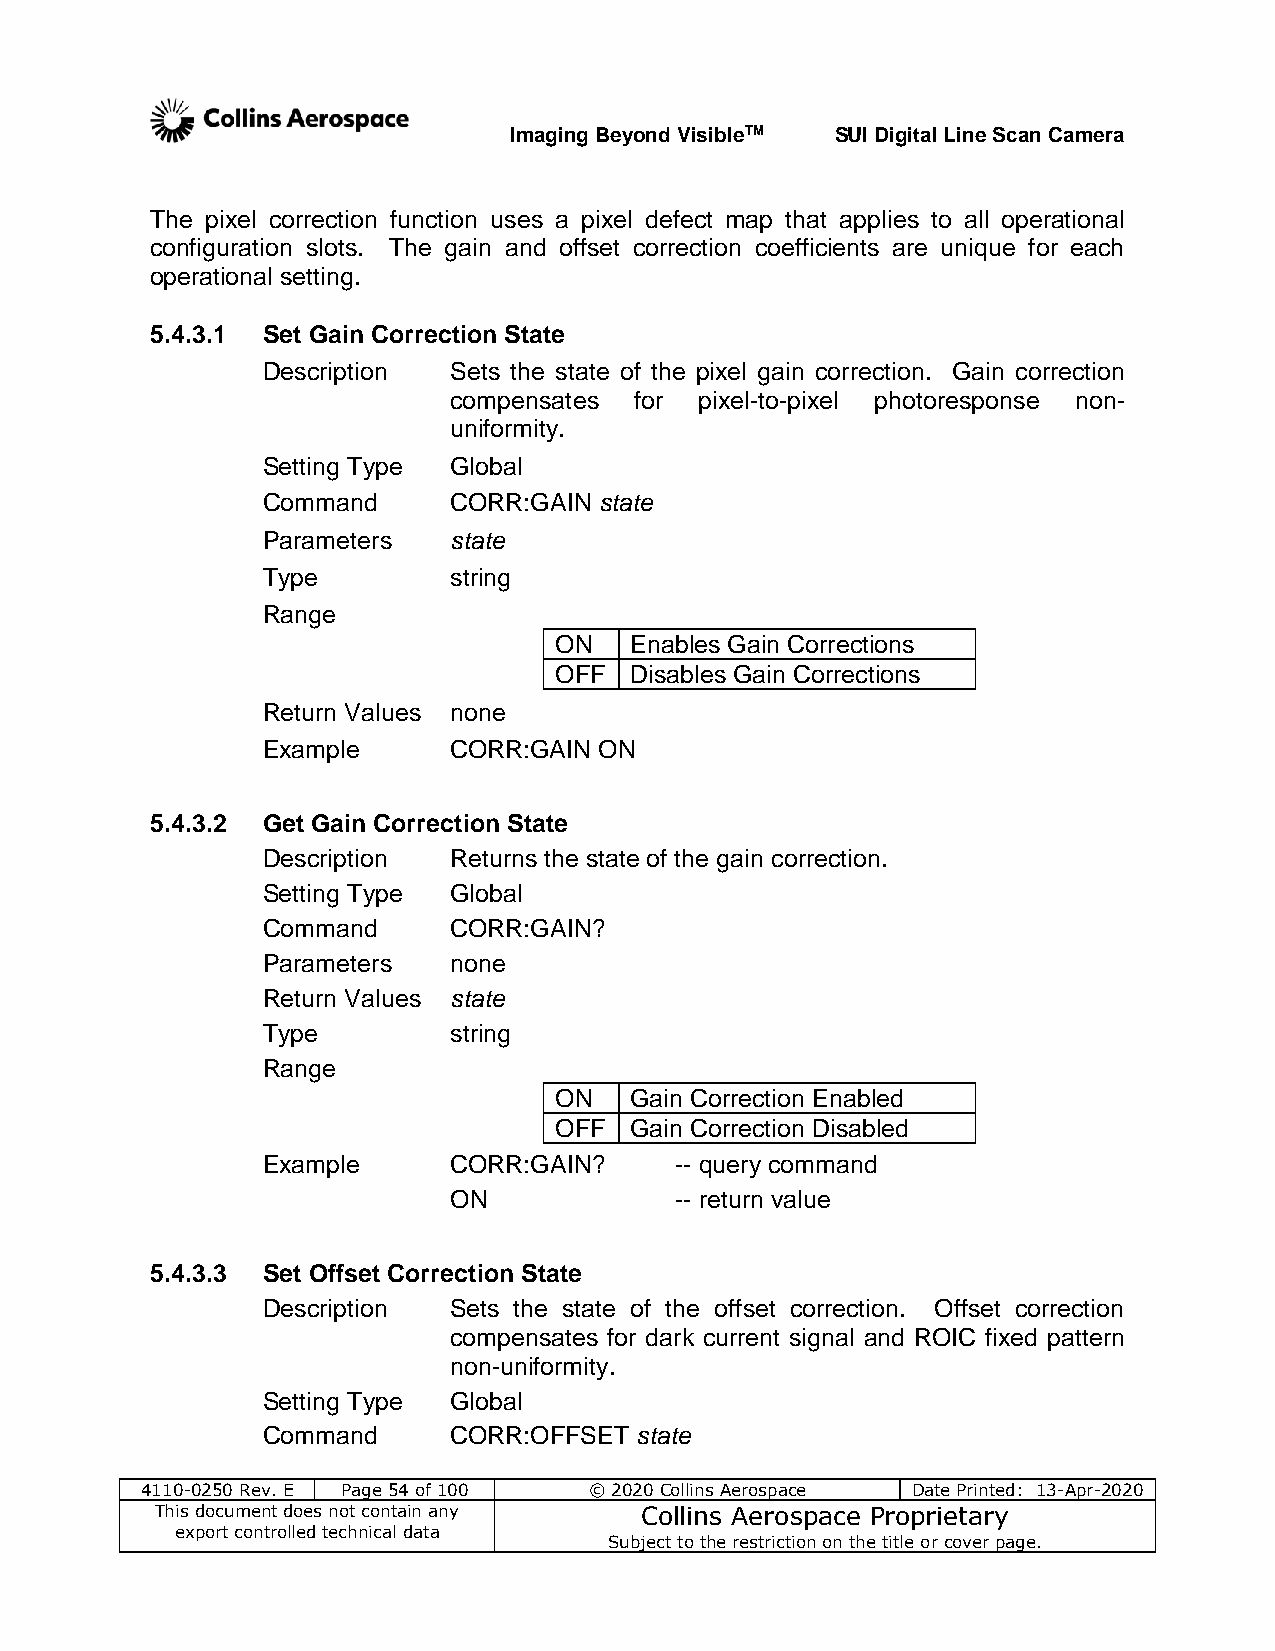
Imaging Beyond VisibleTM SUI Digital Line Scan Camera
 The pixel correction function uses a pixel defect map that applies to all operational
 configuration slots. The gain and offset correction coefficients are unique for each
 operational setting.
 5.4.3.1 Set Gain Correction State
 Description  Sets the state of the pixel gain correction. Gain correction
 compensates for pixel-to-pixel photoresponse non-
 uniformity.
 Setting Type Global
 Command      CORR:GAIN state
 Parameters   state
 Type         string
 Range
 ON   Enables Gain Corrections
 OFF  Disables Gain Corrections
 Return Values none
 Example      CORR:GAIN ON
 5.4.3.2 Get Gain Correction State
 Description  Returns the state of the gain correction.
 Setting Type Global
 Command      CORR:GAIN?
 Parameters   none
 Return Values state
 Type         string
 Range
 ON   Gain Correction Enabled
 OFF  Gain Correction Disabled
 Example      CORR:GAIN?     -- query command
 ON             -- return value
 5.4.3.3 Set Offset Correction State
 Description  Sets the state of the offset correction. Offset correction
 compensates for dark current signal and ROIC fixed pattern
 non-uniformity.
 Setting Type Global
 Command      CORR:OFFSET state
 4110-0250 Rev. E Page 54 of 100 © 2020 Collins Aerospace Date Printed: 13-Apr-2020
 This document does not contain any Collins Aerospace Proprietary
 export controlled technical data
 Subject to the restriction on the title or cover page.